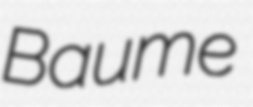
Baume